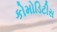
કોમોડિટીસ